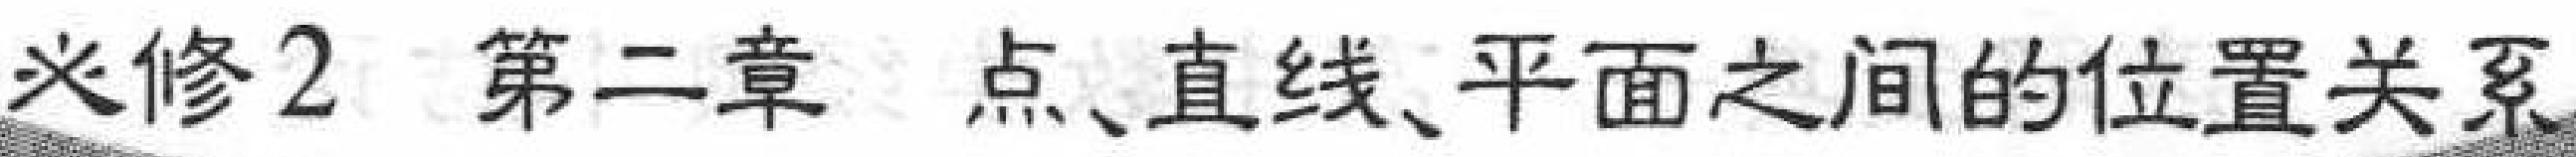
必修2 第二章 点、直线、平面之间的位置关系